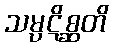
သမ္ပဋိစ္ဆတိ